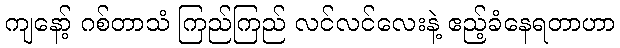
ကျနော့် ဂစ်တာသံ ကြည်ကြည် လင်လင်လေးနဲ့ ဧည့်ခံနေရတာဟာ